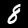
Label: 8